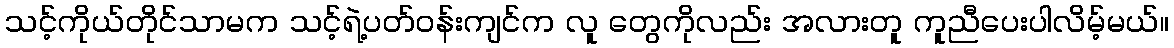
သင့်ကိုယ်တိုင်သာမက သင့်ရဲ့ပတ်၀န်းကျင်က လူ တွေကိုလည်း အလားတူ ကူညီပေးပါလိမ့်မယ်။